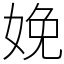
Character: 娩